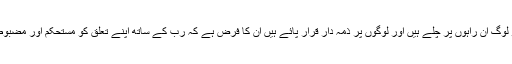
گویا جو لوگ ان راہوں پر چلے ہیں اور لوگوں پر ذمہ دار قرار پائے ہیں ان کا فرض ہے کہ رب کے ساتھ اپنے تعلق کو مستحکم اور مضبوط کریں۔